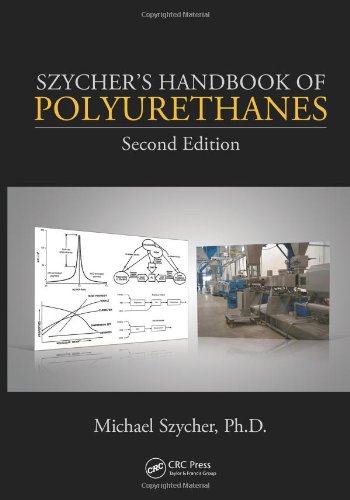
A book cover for Szycher's Handbook of Polyurethanes, Second Edition; Crafts, Hobbies & Home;